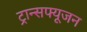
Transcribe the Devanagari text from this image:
ट्रान्सफ्यूजन